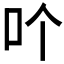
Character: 𠮶